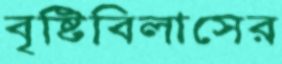
বৃষ্টিবিলাসের